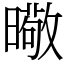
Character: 曔